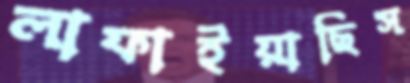
লাফাইয়াছিস